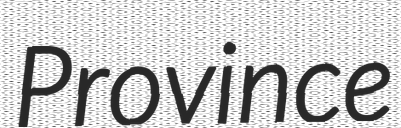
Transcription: Province